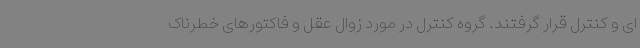
ای و کنترل قرار گرفتند. گروه کنترل در مورد زوال عقل و فاکتورهای خطرناک